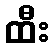
ထီး